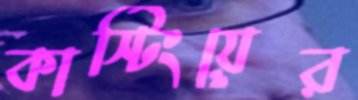
কাস্টিংয়ের